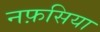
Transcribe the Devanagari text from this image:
नफ़सिया